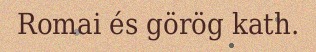
Romai és görög kath.